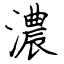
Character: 濃